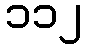
၁၁၂